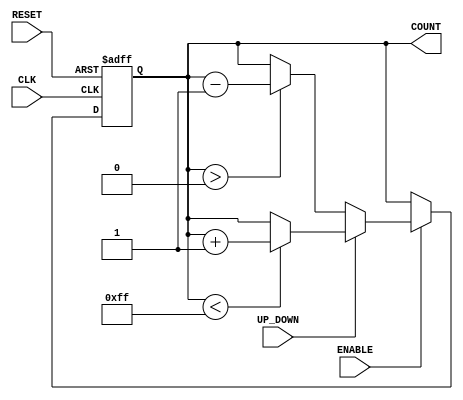
module UpDownCounter (
    input wire CLK,          // Clock input
    input wire RESET,        // Asynchronous reset
    input wire ENABLE,       // Count enable
    input wire UP_DOWN,      // Count direction control (1 for up, 0 for down)
    output reg [7:0] COUNT   // Current count value (8-bit wide)
);

    // Define maximum and minimum count values
    parameter MAX_COUNT = 8'd255; // Maximum count value
    parameter MIN_COUNT = 8'd0;    // Minimum count value

    // Asynchronous reset and counting logic
    always @(posedge CLK or posedge RESET) begin
        if (RESET) begin
            COUNT <= MIN_COUNT; // Reset to minimum count
        end else if (ENABLE) begin
            if (UP_DOWN) begin
                // Count up
                if (COUNT < MAX_COUNT) begin
                    COUNT <= COUNT + 1;
                end
            end else begin
                // Count down
                if (COUNT > MIN_COUNT) begin
                    COUNT <= COUNT - 1;
                end
            end
        end
    end

endmodule